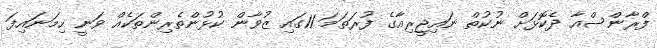
ފްރާންސްއާ ދެކޮޅަށް ނުކުތް ނައިޖީރިއާގެ ފުރަތަމަ 11ގައި ޒުވާން ކުޅުންތެރިންތަކެއް ވަނީ ހިމަނައިފަ